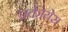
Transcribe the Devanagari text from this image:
प्रकीयेस